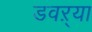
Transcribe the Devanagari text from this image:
डवऱ्या